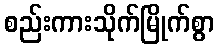
စည်းကားသိုက်မြိုက်စွာ